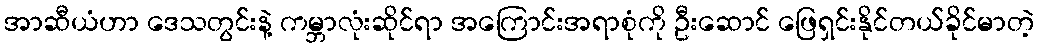
အာဆီယံဟာ ဒေသတွင်းနဲ့ ကမ္ဘာလုံးဆိုင်ရာ အကြောင်းအရာစုံကို ဦးဆောင် ဖြေရှင်းနိုင်တယ်ခိုင်မာတဲ့